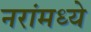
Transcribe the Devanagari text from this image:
नरांमध्ये